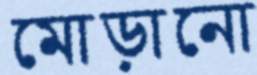
মোড়ানো